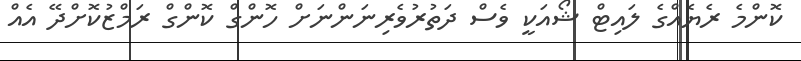
ކޮންމެ ރެޔެއްގެ ލައިޓް ޝޯއަކީ ވެސް ދަތުރުވެރިނަންނަށް ހޮންގް ކޮންގް ރަމްޒުކޮށްދޭ އެއް